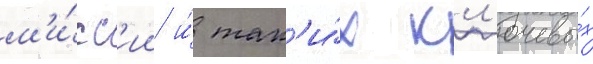
м'и́сс'ии и́ так'и́х кл'ючевы́х